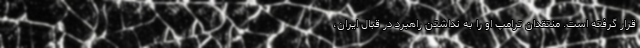
قرار گرفته است. منتقدان ترامپ او را به نداشتن راهبرد در قبال ایران،